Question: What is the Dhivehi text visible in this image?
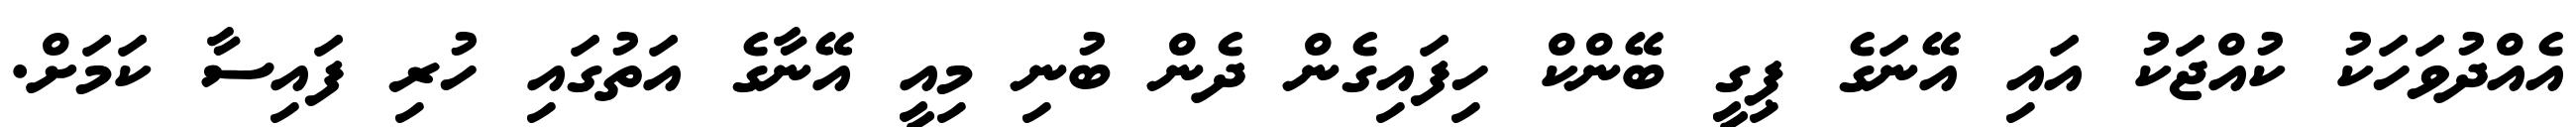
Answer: އެއްދުވަހަކު ކުއްޖަކު އައި އޭނަގެ ޕިގީ ބޭންކް ހިފައިގެން ދެން ބުނި މިއީ އޭނާގެ އަތުގައި ހުރި ފައިސާ ކަމަށް.